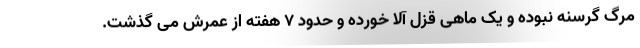
مرگ گرسنه نبوده و یک ماهی قزل آلا خورده و حدود ۷ هفته از عمرش می گذشت.